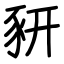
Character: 豜